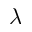
\lambda